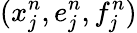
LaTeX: (x_{j}^{n},e_{j}^{n},f_{j}^{n})